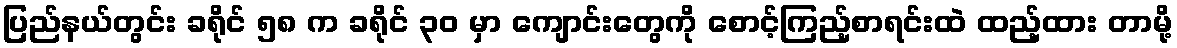
ပြည်နယ်တွင်း ခရိုင် ၅၈ က ခရိုင် ၃၀ မှာ ကျောင်းတွေကို စောင့်ကြည့်စာရင်းထဲ ထည့်ထား တာမို့